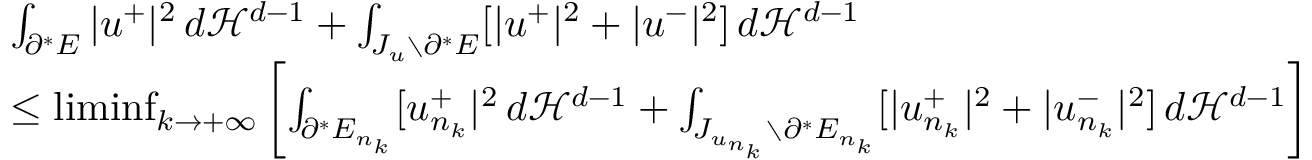
\begin{array} { r l } & { \int _ { \partial ^ { * } E } | u ^ { + } | ^ { 2 } \, d { \mathcal { H } } ^ { d - 1 } + \int _ { J _ { u } \setminus \partial ^ { * } E } [ | u ^ { + } | ^ { 2 } + | u ^ { - } | ^ { 2 } ] \, d { \mathcal { H } } ^ { d - 1 } } \\ & { \leq \operatorname* { l i m i n f } _ { k \to + \infty } \left[ \int _ { \partial ^ { * } E _ { n _ { k } } } [ u _ { n _ { k } } ^ { + } | ^ { 2 } \, d { \mathcal { H } } ^ { d - 1 } + \int _ { J _ { u _ { n _ { k } } } \setminus \partial ^ { * } E _ { n _ { k } } } [ | u _ { n _ { k } } ^ { + } | ^ { 2 } + | u _ { n _ { k } } ^ { - } | ^ { 2 } ] \, d { \mathcal { H } } ^ { d - 1 } \right] } \end{array}